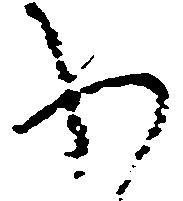
わ